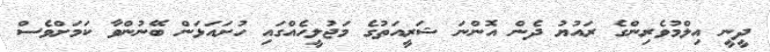
ދީނީ އިލްމުވެރިންގެ ރައުޔު ދެން އޮންނަ ޝަރީއަތުގެ މަޖުލީހެއްގައި ހުށައަޅަން ބޭނުންވާ ކަމަށްވެސް